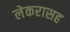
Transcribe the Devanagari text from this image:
लेकरासह